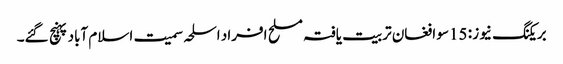
بریکنگ نیوز : 15سو افغان تربیت یافتہ مسلح افراد اسلحہ سمیت اسلام آباد پہنچ گئے۔